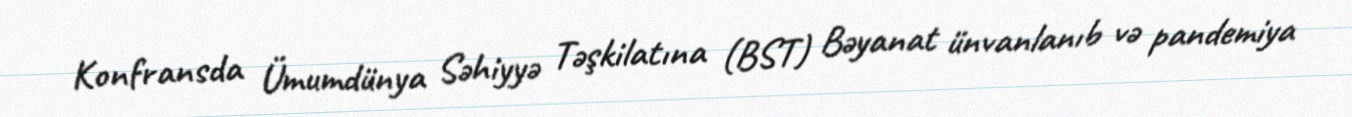
Konfransda Ümumdünya Səhiyyə Təşkilatına (BST) Bəyanat ünvanlanıb və pandemiya